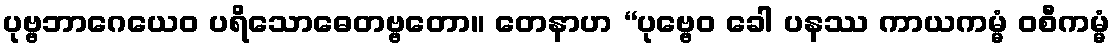
ပုဗ္ဗဘာဂေယေဝ ပရိသောဓေတဗ္ဗတော။ တေနာဟ “ပုဗ္ဗေဝ ခေါ ပနဿ ကာယကမ္မံ ဝစီကမ္မံ